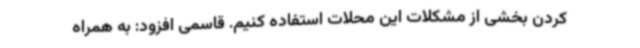
کردن بخشی از مشکلات این محلات استفاده کنیم. قاسمی افزود: به همراه